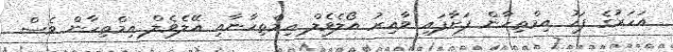
އަހަރުގެ ފަހު އިމްތިހާން ފަށާފައި ވާއިރު އޯލެވެލް އިމްތިހާނާއި އޭލެވެލް އިމްތިހާން ވެސް